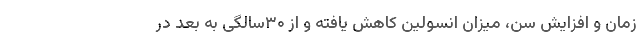
زمان و افزایش سن، میزان انسولین کاهش یافته و از ۳۰سالگی به بعد در